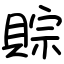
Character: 賩